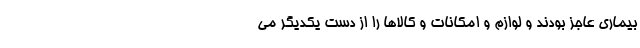
بیماری عاجز بودند و لوازم و امکانات و کالاها را از دست یکدیگر می‌